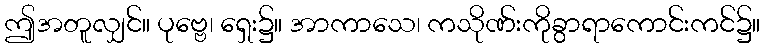
ဤအတူလျှင်။ ပုဗ္ဗေ၊ ရှေး၌။ အာကာသေ၊ ကသိုဏ်းကိုခွာရာကောင်းကင်၌။